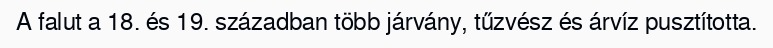
A falut a 18. és 19. században több járvány, tűzvész és árvíz pusztította.